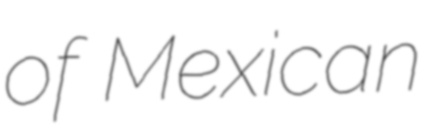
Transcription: of Mexican